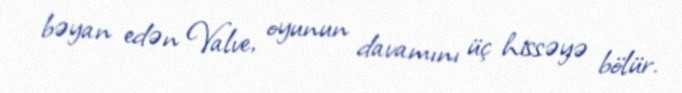
bəyan edən Valve, oyunun davamını üç hissəyə bölür.